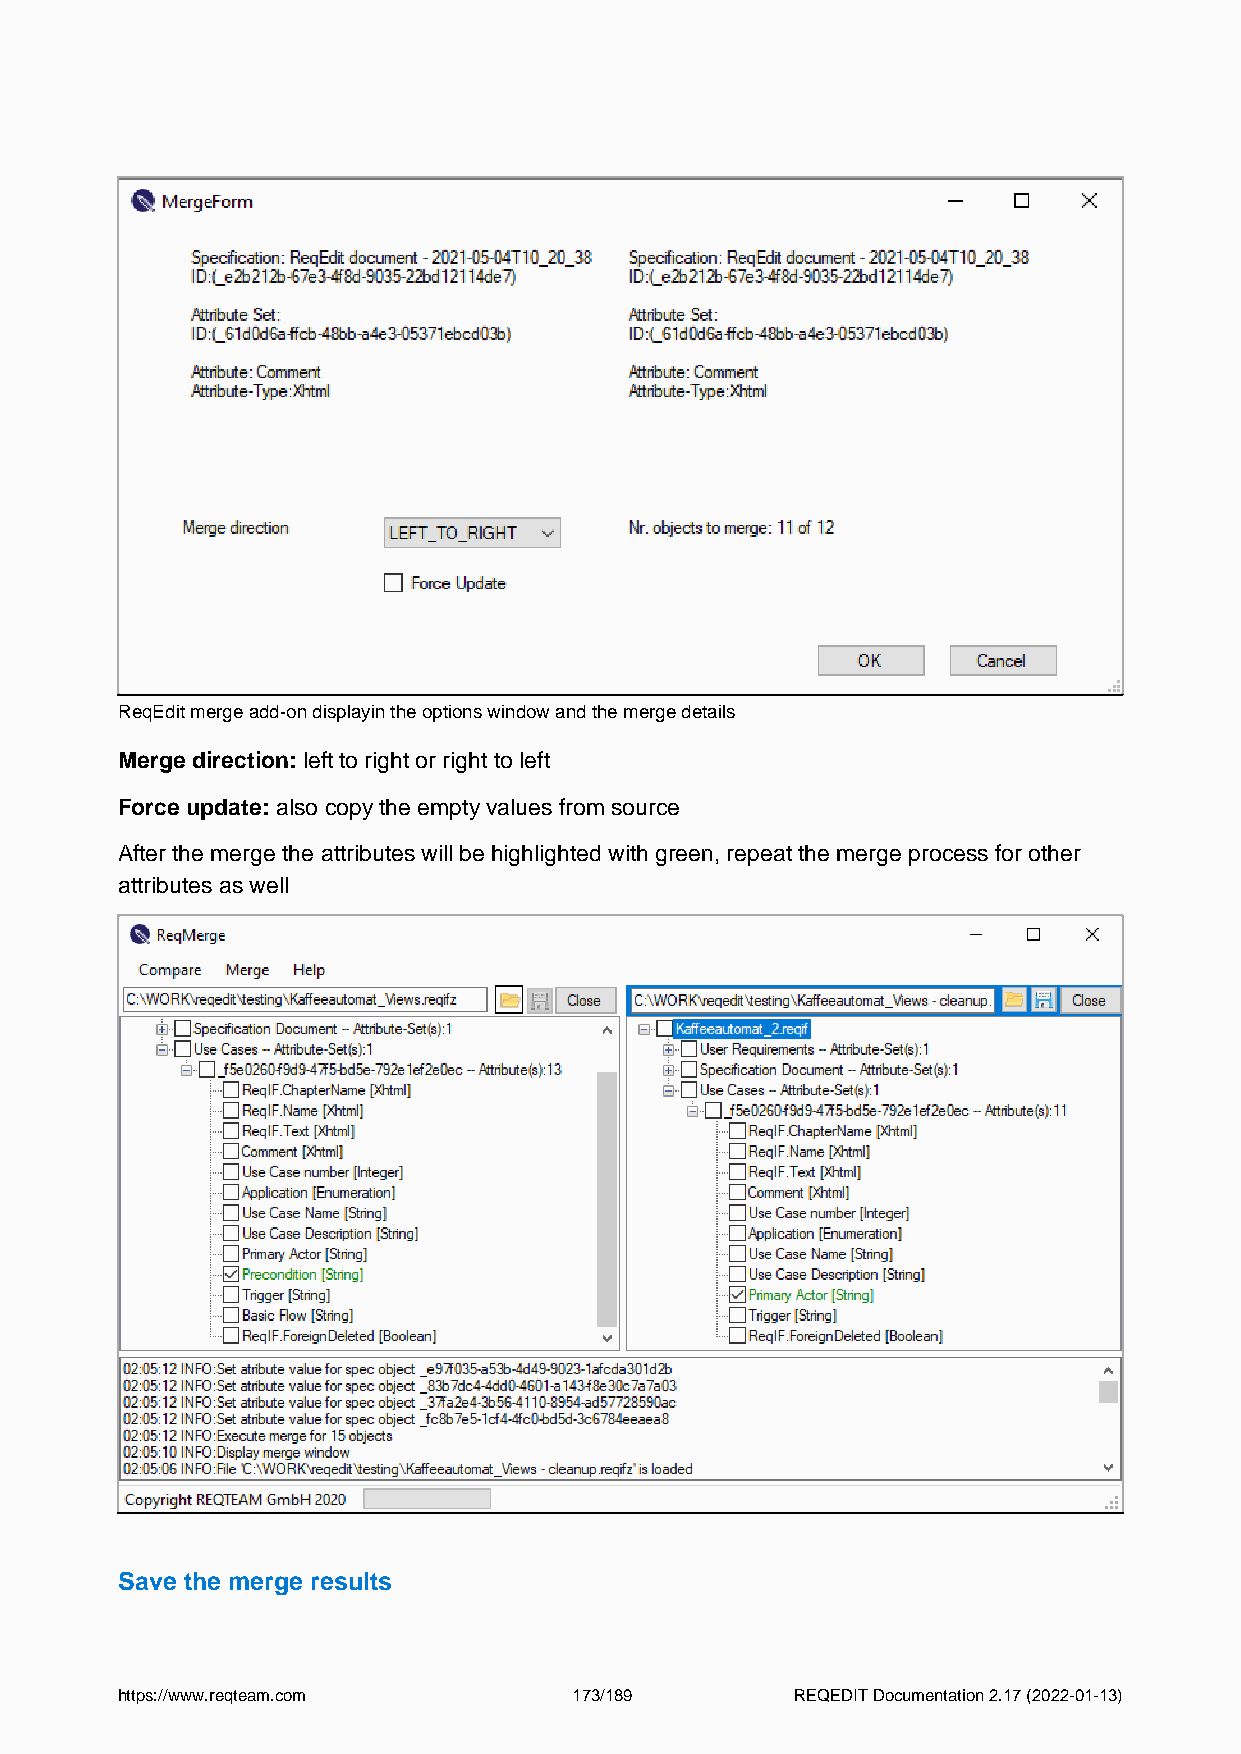
ReqEdit merge add-on displayin the options window and the merge details
 Merge direction: left to right or right to left
 Force update: also copy the empty values from source
 After the merge the attributes will be highlighted with green, repeat the merge process for other
 attributes as well
 Save the merge results
 https://www.reqteam.com       173/189        REQEDIT Documentation 2.17 (2022-01-13)